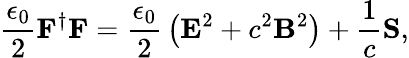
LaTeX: {\frac{\epsilon_{0}}{2}}\mathbf{F}^{\dagger}\mathbf{F}={\frac{\epsilon_{0}}{2}}\left(\mathbf{E}^{2}+c^{2}\mathbf{B}^{2}\right)+{\frac{1}{c}}\mathbf{S},